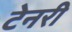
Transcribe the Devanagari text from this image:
टेनरी